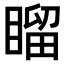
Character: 𥉳